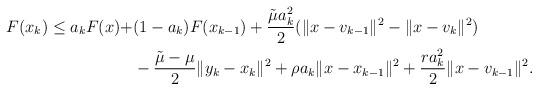
LaTeX: \begin{align*}\begin{aligned}F(x_k)\leq a_k F(x)+&(1-a_k)F(x_{k-1})+\frac{\tilde \mu a_k^2}{2}(\|x-v_{k-1}\|^2-\|x-v_k\|^2)\\&- \frac{\tilde \mu-\mu}{2}\|y_k-x_k\|^2+\rho a_k\|x-x_{k-1}\|^2+\frac{ra_k^2}{2}\|x-v_{k-1}\|^2.\end{aligned} \end{align*}